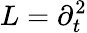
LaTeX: L=\partial_{t}^{2}